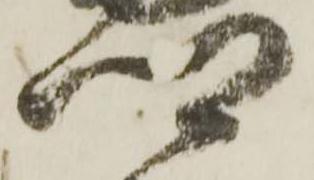
郷